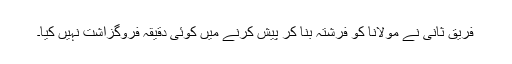
فریق ثانی نے مولانا کو فرشتہ بنا کر پیش کرنے میں کوئی دقیقہ فروگزاشت نہیں کیا۔